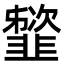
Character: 䪡